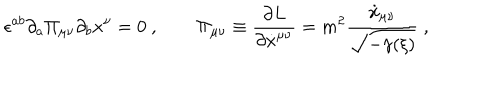
\epsilon ^ { a b } \partial _ { a } \Pi _ { \mu \nu } \partial _ { b } x ^ { \nu } = 0 \ , \qquad \Pi _ { \mu \nu } \equiv { \frac { \partial L } { \partial \dot { x } ^ { \mu \nu } } } = m ^ { 2 } { \frac { \dot { x } _ { \mu \nu } } { \sqrt { - \gamma ( { \xi } ) } } } \ ,